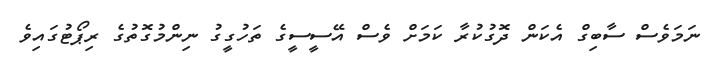
ނަމަވެސް ސާބިގް އެކަން ދޮގުކުރާ ކަމަށް ވެސް އޭސީސީގެ ތަހުގީގު ނިންމުގޮތުގެ ރިޕޯޓުގައިވެ